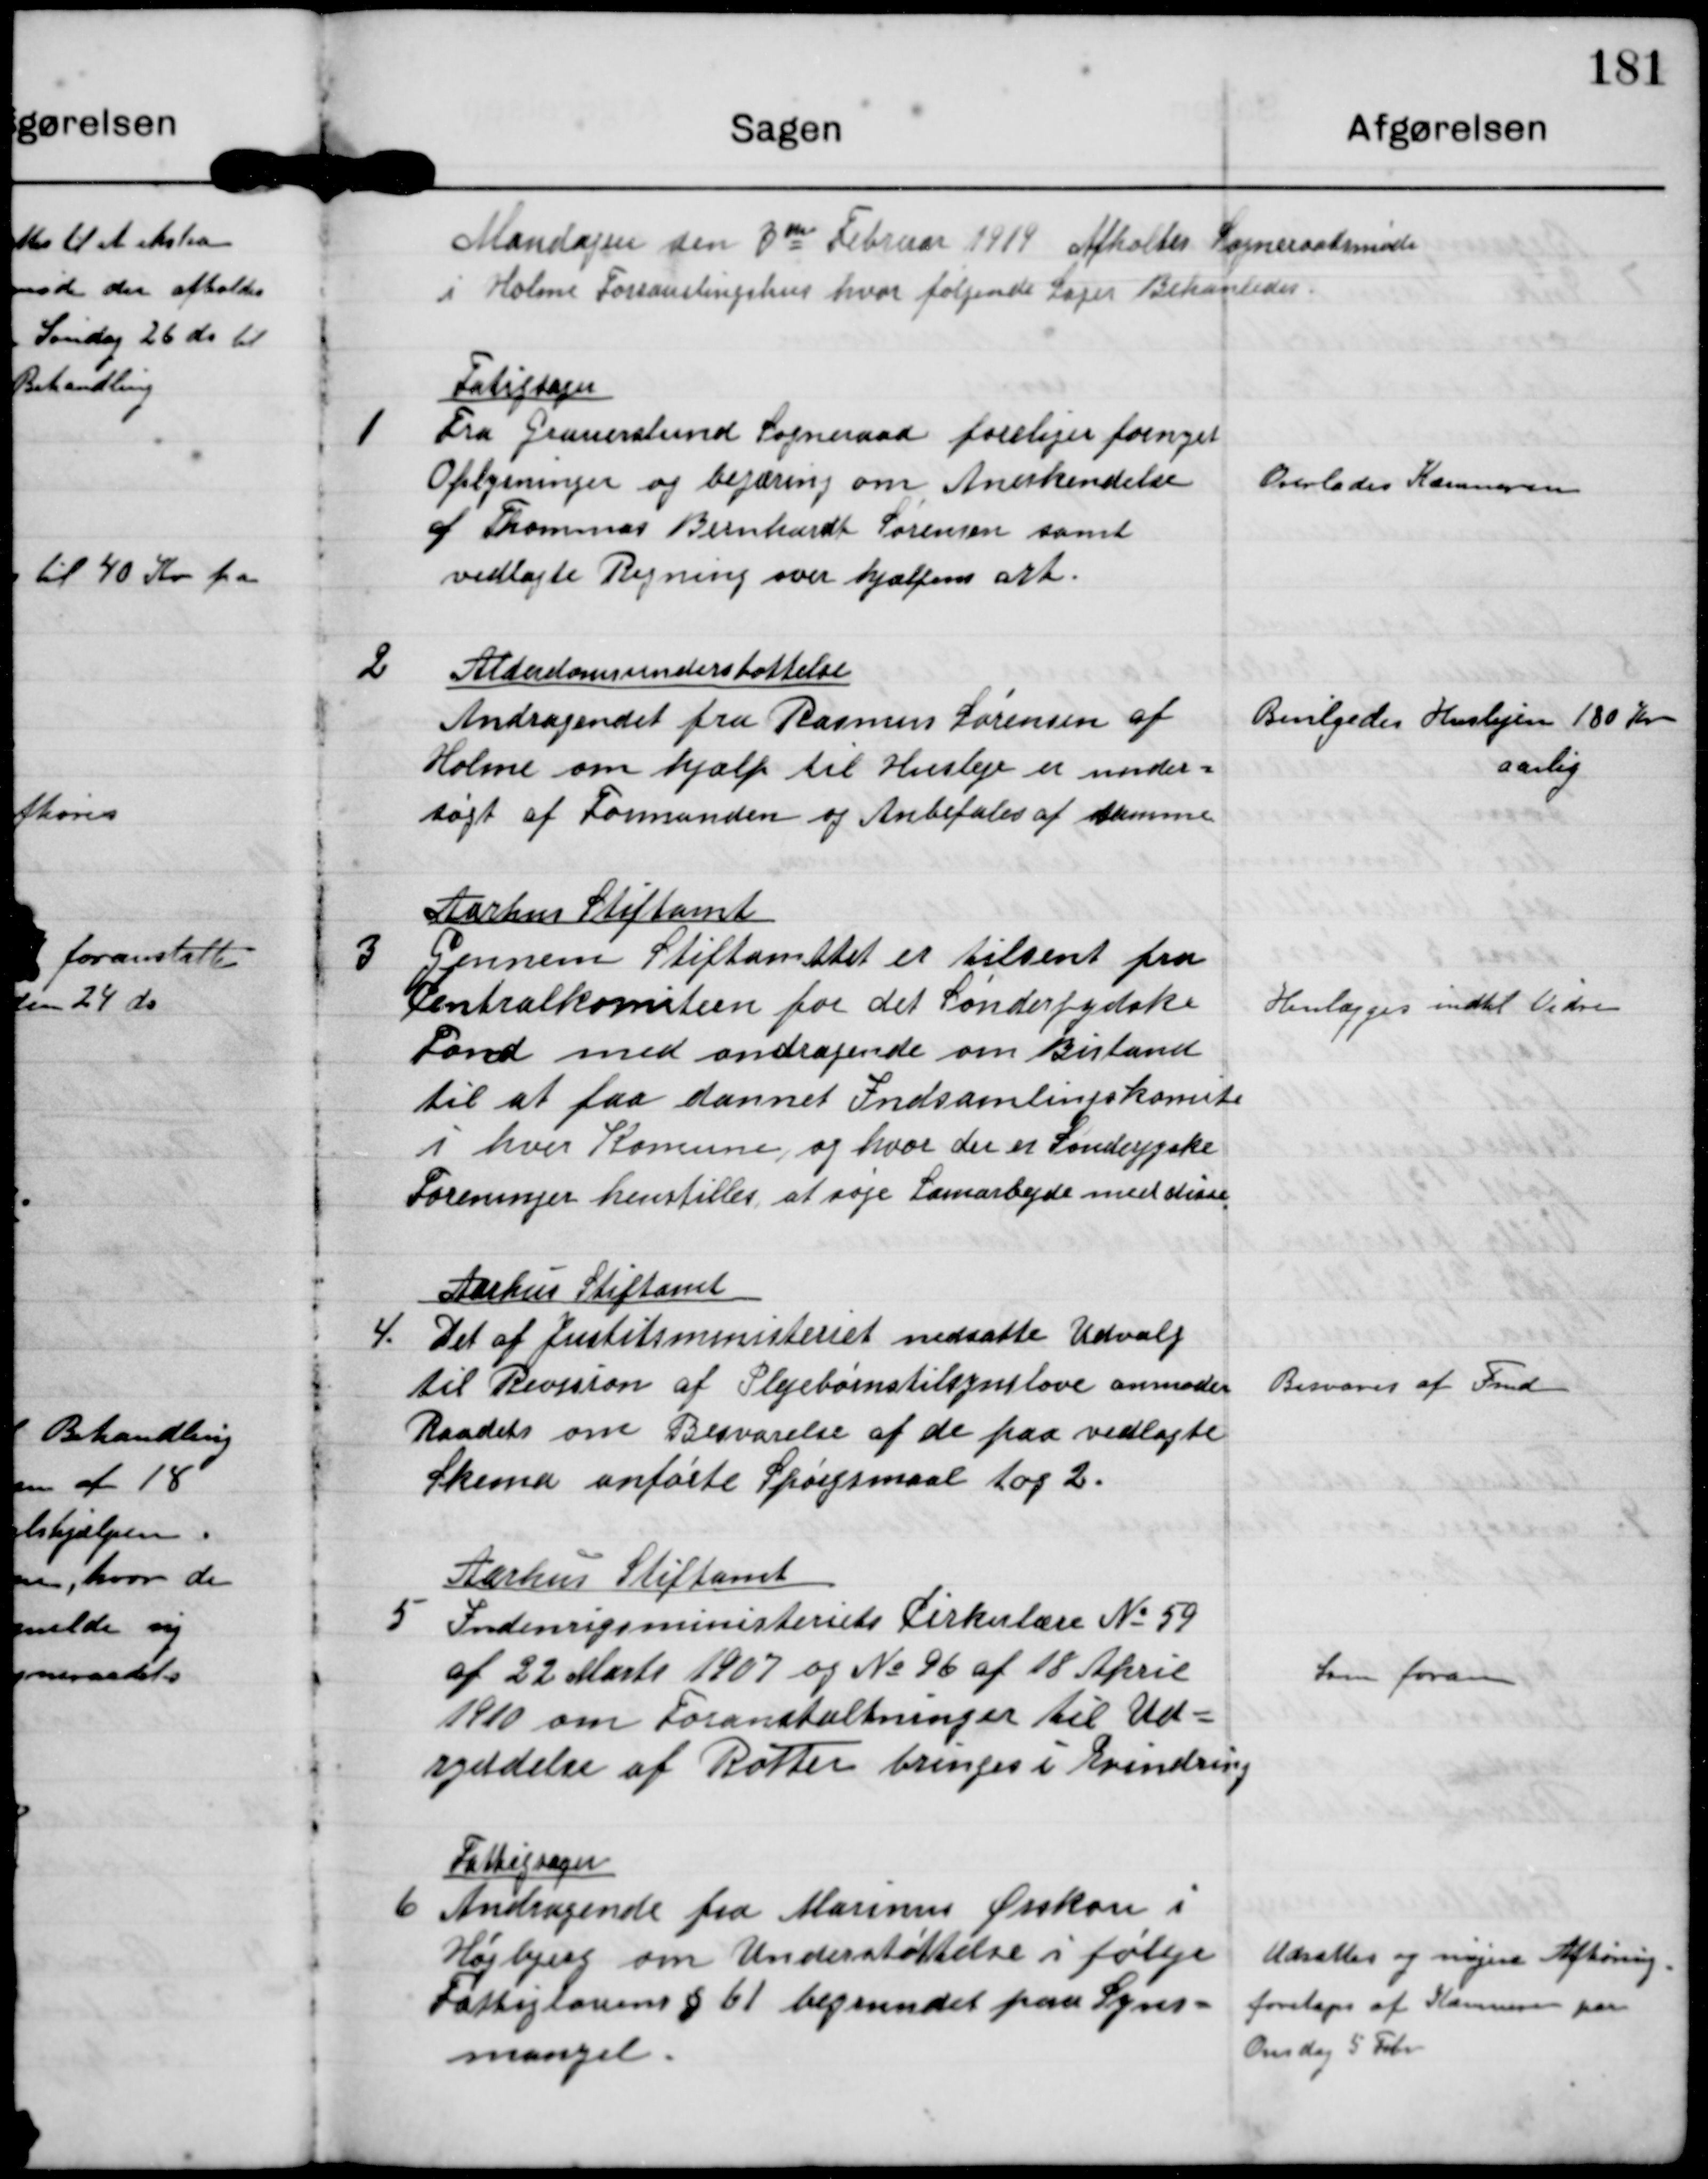
Transskription:
Mandagen den 3 die Februar 1919 Afholdtes Sogneraadsmde
i Holmem Forsamlingshus hvor følgende Sager Behandledes

1

Fatigsagen
Fra Gauerslund Sogneraad foreliger fornyet
Oplysninger og begæring om Anerkendelse
af Thommas Bernhardt Sørensen samt
vedlagte Regning over hjælpens art

Overlades Kæmneren

2

Alderdomsunderstøttelse
Andragendet fra Rasmus Sørensen af
Holme om hjælp til Husleje er under-
søgt af Formanden og Anbefales af denne

Bevilgedes Huslejen 180 kr
aarlig

3

Aarhus Stiftamt
Gennem Stiftamttet er tilsent fra
Centralkomiteen for det Sønderjydske
Fond med andragende om Bistand
til at faa dannet Indsamlingskomite
i hver Komune, og hvor der er Sønderjyske
Foreninger henstilles at søge Samarbejde med disse.

Henlægges indtil Vidre

4.

Aarhus Stiftamt
Det af Justitsministeriet nedsatte Udvalg
til Revision af Plejebørnstilsynslove anmoder
Raadet om Besvarelse af de paa vedlagte
Skema anførte Spørgsmaal 1 og 2.

Besvaret af Fmd.

5

Aarhus Stiftamt
Indenrigsministeriets Cirkulære No 59
af 22 Marts 1907 og No 96 af 18 April
1910 om foranstaltninger til Ud-
ryddelse af Rotter bringes i Erindring

Som foran

6

Fattigsagen
Andragende fra Marinus Ørskou i
Højbjerg om Understøttelse i følge
Fattiglovens § 61 begrundet paa Syns-
mangel

Udsættes og nøjere Afhøring
foretages af Kommunen paa
Onsdag 5 Febr.